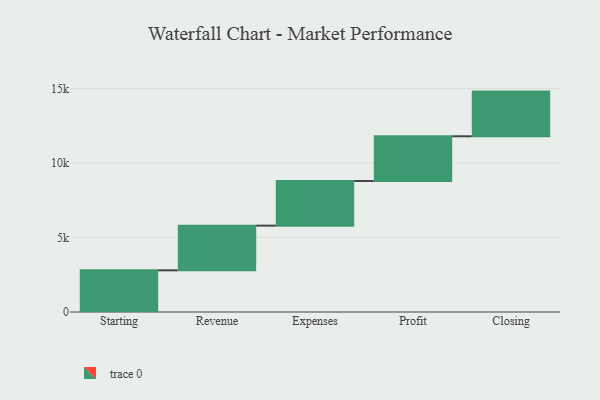
{"axis": {"x": "Step", "y": "Value"}, "legend": [""], "data": [{"x": "Starting", "y": 2797.0, "type": ""}, {"x": "Revenue", "y": 3000, "type": ""}, {"x": "Expenses", "y": 3000, "type": ""}, {"x": "Profit", "y": 3000, "type": ""}, {"x": "Closing", "y": 3000, "type": ""}]}